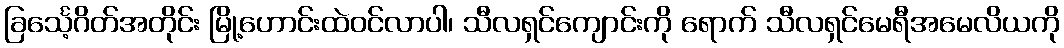
ခြင်္သေ့ဂိတ်အတိုင်း မြို့ဟောင်းထဲဝင်လာပါ၊ သီလရှင်ကျောင်းကို ရောက် သီလရှင်မေရီအမေလိယကို